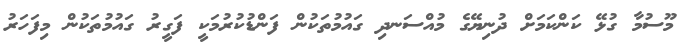
މޫސުމާ ގުޅޭ ކަންކަމަށް ދުނިޔޭގެ މުއްސަނދި ގައުމުތަކުން ފަންޑުކުރުމަކީ ފަގީރު ގައުމުތަކުން މިފަހަރު